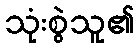
သုံးစွဲသူ၏